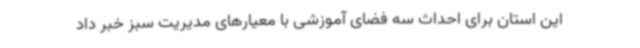
این استان برای احداث سه فضای آموزشی با معیارهای مدیریت سبز خبر داد